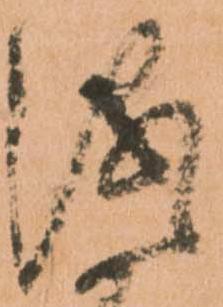
儀